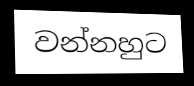
වන්නහුට